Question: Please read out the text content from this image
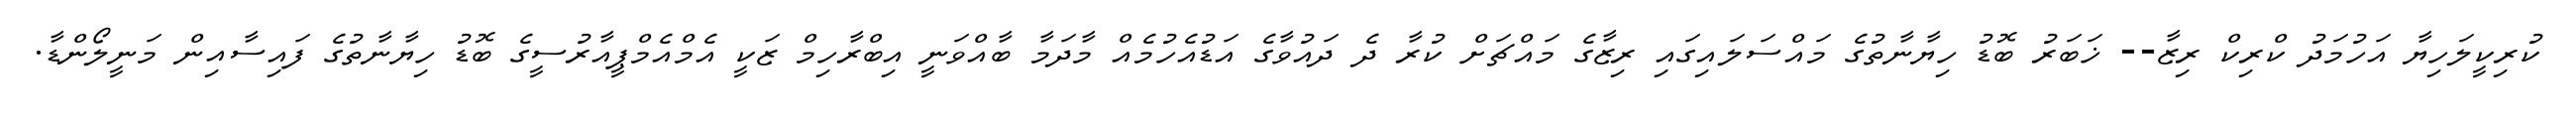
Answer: ކުރިކީލަހިޔާ އަހުމަދު ކްރިކް ރިޒާ-- ޚަބަރު ބޮޑު ހިޔާނާތުގެ މައްސަލައިގައި ރިޒާގެ މައްޗަށް ކުރާ ދެ ދައުވާގެ އަޑުއެހުމެއް މާދަމާ ބާއްވަނީ އިބްރާހިމް ޒަކީ އެމްއެމްޕީއާރުސީގެ ބޮޑު ހިޔާނާތުގެ ފައިސާއިން މަނީލޯންޑާ.